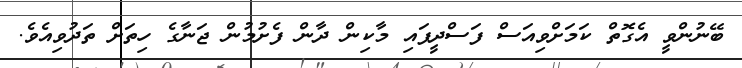
ބޭނުންވީ އެގޮތް ކަމަށްވިއަސް ފަސްދީފައި މާކިން ދާން ފެށުމުން ޖަނާގެ ހިތަށް ތަދުވިއެވެ.